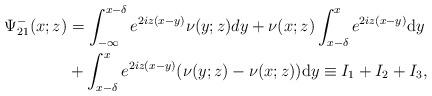
LaTeX: \begin{align*}\begin{aligned}\Psi^-_{21}(x;z)&= \int_{-\infty}^{x-\delta} e^{2 iz(x-y)} \nu(y ;z) d y+\nu(x ;z) \int_{x-\delta}^{x} e^{2 i z(x-y)} \mathrm{d} y \\&+\int_{x-\delta}^{x} e^{2 i z(x-y)}(\nu(y ;z)-\nu(x ; z)) \mathrm{d} y \equiv I_1+I_2+I_3,\end{aligned}\end{align*}